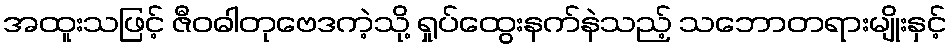
အထူးသဖြင့် ဇီဝဓါတုဗေဒကဲ့သို့ ရှုပ်ထွေးနက်နဲသည့် သဘောတရားမျိုးနှင့်